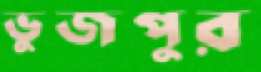
ভুজপুর